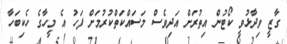
ގާޒީ ވިދާޅުވީ ކޯޓުން އިތުރަށް އަދިވެސް މަސައްކަތްކުރުމަށް ފަހު އެ މީހާގެ ހެކިބަހާ